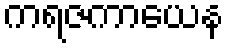
ကရဇကာယေန